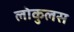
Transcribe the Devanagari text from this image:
लोकुलस